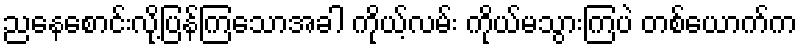
ညနေစောင်းလို့ပြန်ကြသောအခါ ကိုယ့်လမ်း ကိုယ်မသွားကြပဲ တစ်ယောက်က